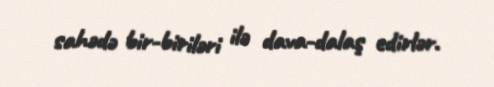
sahədə bir-biriləri ilə dava-dalaş edirlər.